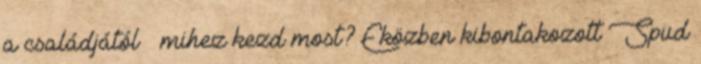
a családjától – mihez kezd most? Eközben kibontakozott Spud